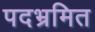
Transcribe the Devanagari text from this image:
पदभ्रमित